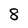
Character: 8